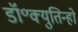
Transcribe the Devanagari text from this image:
डॉ॰क्युतिन्हो